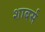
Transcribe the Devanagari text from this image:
शाबर्स